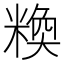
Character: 𱹒